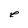
Character: e